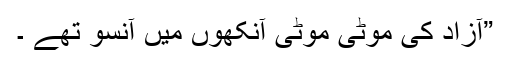
”آزاد کی موٹی موٹی آنکھوں میں آنسو تھے ۔